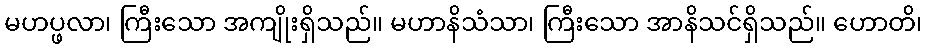
မဟပ္ဖလာ၊ ကြီးသော အကျိုးရှိသည်။ မဟာနိသံသာ၊ ကြီးသော အာနိသင်ရှိသည်။ ဟောတိ၊